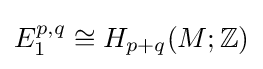
E_{1}^{p,q}\cong H_{p+q}(M;\mathbb {Z} )